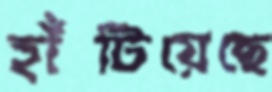
হাঁটিয়েছে